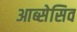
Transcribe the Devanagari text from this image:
आब्सेसिव